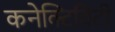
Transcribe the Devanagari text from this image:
कनेक्‍टिविटी